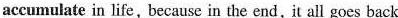
accumulate in life, because in the end,it all goes back